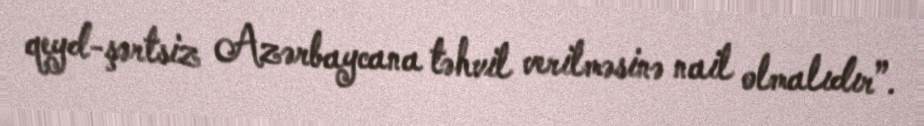
qeyd-şərtsiz Azərbaycana təhvil verilməsinə nail olmalıdır”.